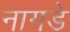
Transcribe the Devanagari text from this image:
नागडे